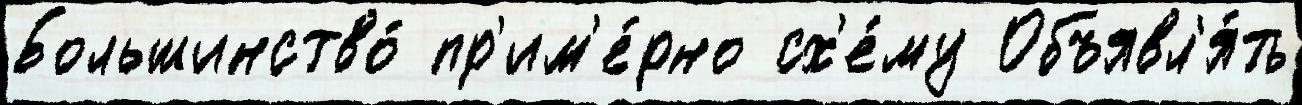
Большинство́ пр'им'е́рно сх'е́му Объявл'я́ть